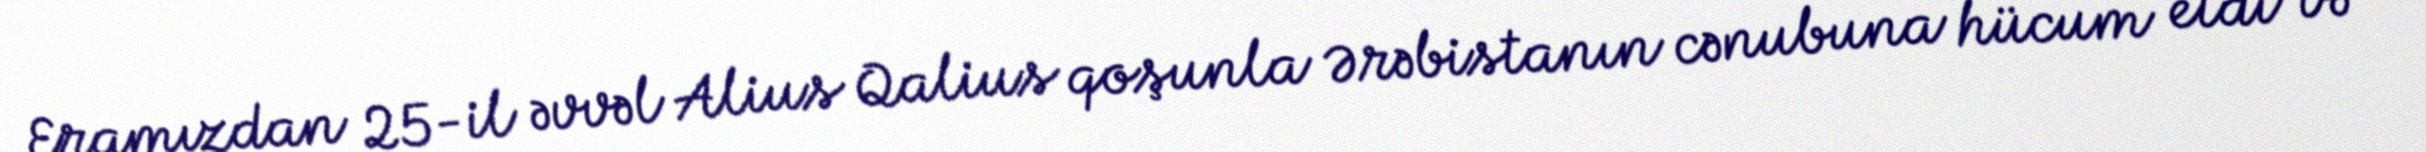
Eramızdan 25-il əvvəl Alius Qalius qoşunla Ərəbistanın cənubuna hücum etdi və